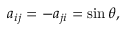
a _ { i j } = - a _ { j i } = \sin \theta ,